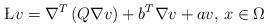
LaTeX: \begin{align*} \L v = \nabla^T\left(Q\nabla v\right) + b^T\nabla v + av,\,x\in\Omega\end{align*}